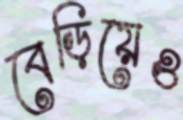
বেড়িয়েও